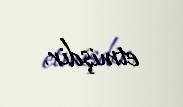
etmişdir.